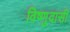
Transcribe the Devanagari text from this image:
विष्णुदासी